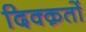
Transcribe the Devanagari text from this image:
दिक्क़तों